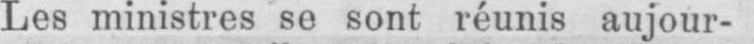
Les ministres se sont réunis aujour-